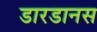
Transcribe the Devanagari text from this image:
डारडानस